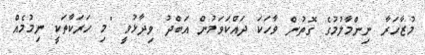
މުޒާހަރާ ނިންމާލުމުގެ ގޮތުން ވާހަކަ ދައްކަވަމުން އަބްދު ވިދާޅުވީ "މި ހަރަކާތަކީ ނިމުމެއް